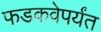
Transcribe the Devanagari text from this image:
फडकवेपर्यंत